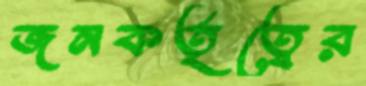
জনকর্তৃত্বের